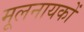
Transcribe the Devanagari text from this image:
मूलनायकों